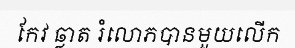
កែវ ឆ្លាត រំលោភបានមួយលើក